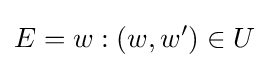
E={w:(w,w')\in U}